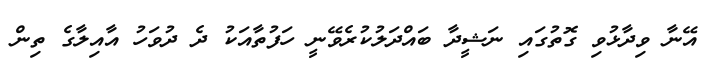
އޭނާ ވިދާޅުވި ގޮތުގައި ނަޝީދާ ބައްދަލުކުރެވޭނީ ހަފުތާއަކު ދެ ދުވަހު އާއިލާގެ ތިން